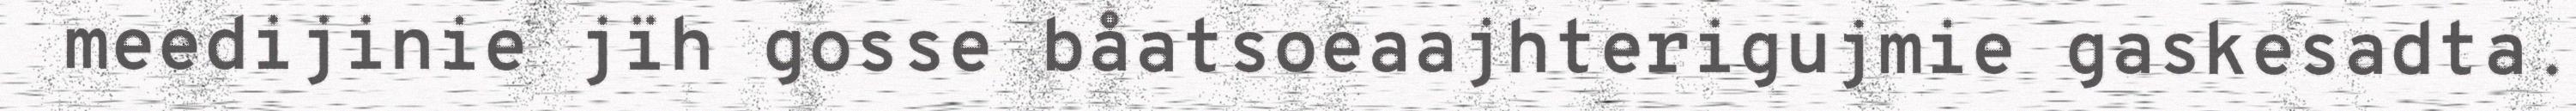
meedijinie jïh gosse båatsoeaajhterigujmie gaskesadta.